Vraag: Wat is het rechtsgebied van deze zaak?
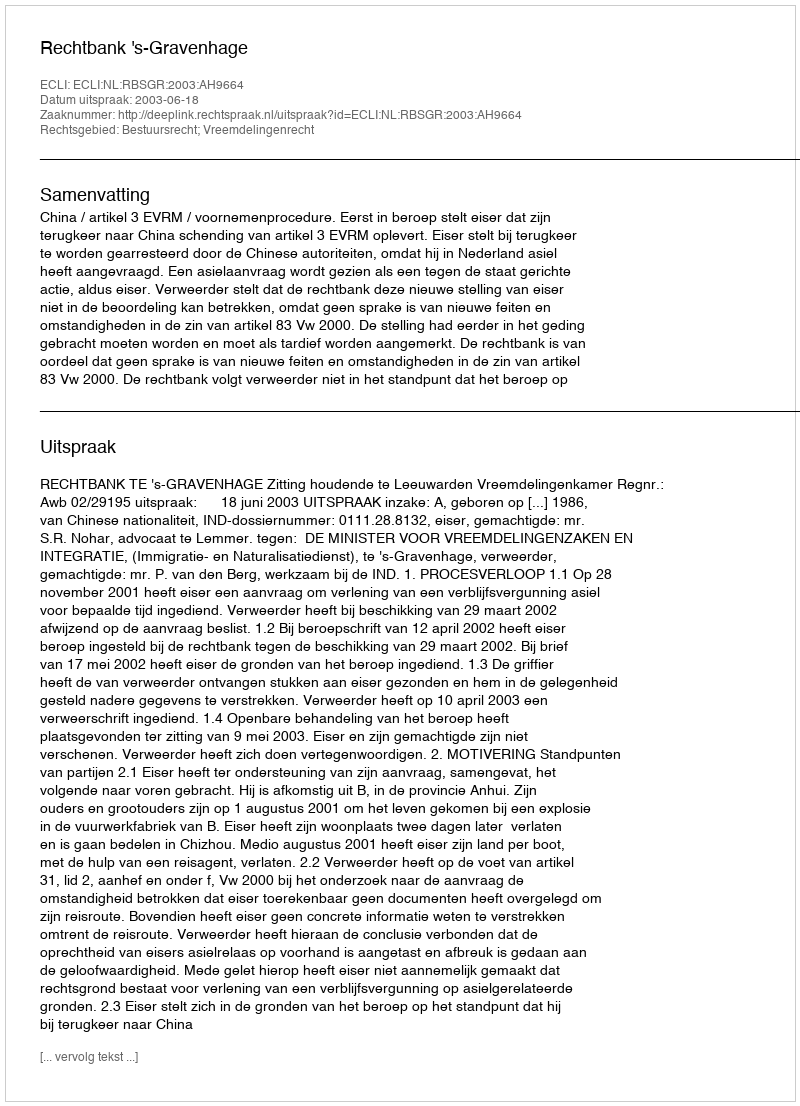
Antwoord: Bestuursrecht; Vreemdelingenrecht